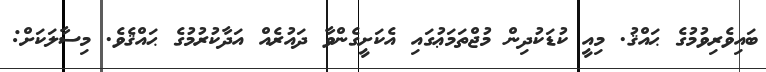
ބައިވެރިވުމުގެ ޙައްޤު. މިއީ ކުޑަކުދިން މުޖްތަމަޢުގައި އެކަށީގެންވާ ދައުރެއް އަދާކުރުމުގެ ޙައްޤެވެ. މިސާލަކަށް: